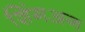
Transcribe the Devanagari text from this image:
शिंगअन